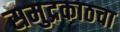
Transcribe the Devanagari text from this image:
समुद्रकाठचा